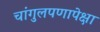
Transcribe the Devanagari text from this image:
चांगुलपणापेक्षा